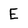
Character: E